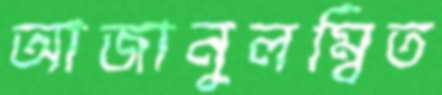
আজানুলম্বিত